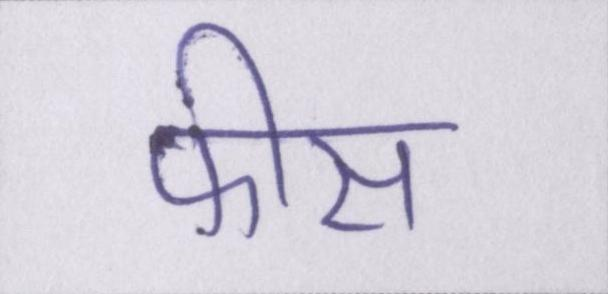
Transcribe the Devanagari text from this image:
फीस